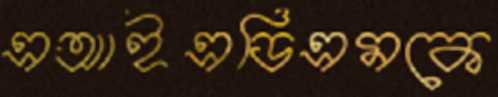
এআইএডিএমকে